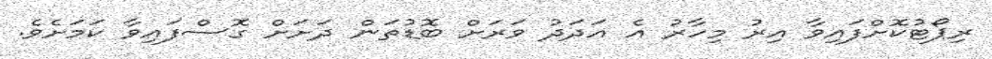
ރިޕޯޓުކޮށްފައިވާ އިރު މިހާރު އެ އަދަދު ވަރަށް ބޮޑުތަން ދަށަށް ގޮސްފައިވާ ކަމަށެވެ.